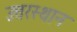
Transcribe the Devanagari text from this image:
उत्तरस्थान